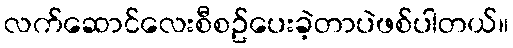
လက်ဆောင်လေးစီစဥ်ပေးခဲ့တာပဲဖစ်ပါတယ်။